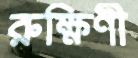
রুক্ষিণী